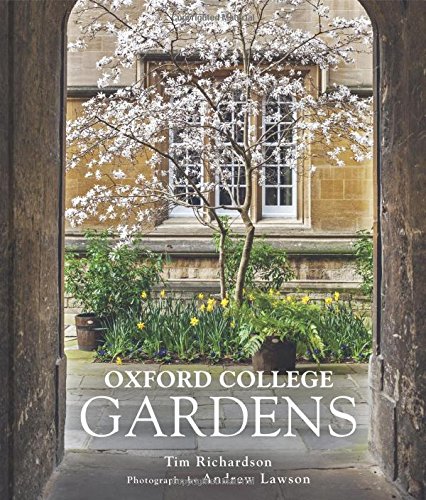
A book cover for Oxford College Gardens; Tim Richardson; Crafts, Hobbies & Home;